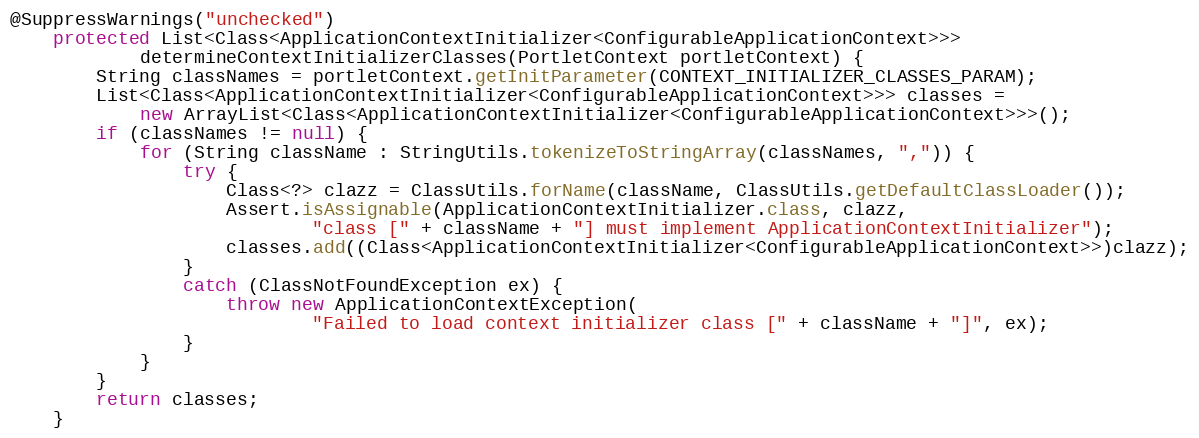
Language: Java
@SuppressWarnings("unchecked")
    protected List<Class<ApplicationContextInitializer<ConfigurableApplicationContext>>>
            determineContextInitializerClasses(PortletContext portletContext) {
        String classNames = portletContext.getInitParameter(CONTEXT_INITIALIZER_CLASSES_PARAM);
        List<Class<ApplicationContextInitializer<ConfigurableApplicationContext>>> classes =
            new ArrayList<Class<ApplicationContextInitializer<ConfigurableApplicationContext>>>();
        if (classNames != null) {
            for (String className : StringUtils.tokenizeToStringArray(classNames, ",")) {
                try {
                    Class<?> clazz = ClassUtils.forName(className, ClassUtils.getDefaultClassLoader());
                    Assert.isAssignable(ApplicationContextInitializer.class, clazz,
                            "class [" + className + "] must implement ApplicationContextInitializer");
                    classes.add((Class<ApplicationContextInitializer<ConfigurableApplicationContext>>)clazz);
                }
                catch (ClassNotFoundException ex) {
                    throw new ApplicationContextException(
                            "Failed to load context initializer class [" + className + "]", ex);
                }
            }
        }
        return classes;
    }